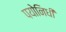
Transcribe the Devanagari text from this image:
पयोनिधी